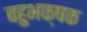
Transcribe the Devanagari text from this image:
बहुभक्षक